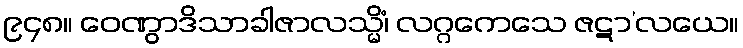
၉၄၈။ ဝေဏွာဒိသာခါဇာလသ္မိံ၊ လဂ္ဂကေသေ ဇဋာ’လယေ။